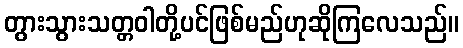
တွားသွားသတ္တဝါတို့ပင်ဖြစ်မည်ဟုဆိုကြလေသည်။